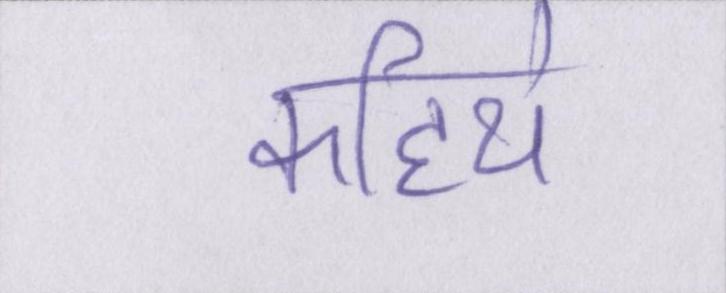
कहिये